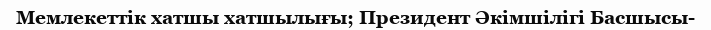
Мемлекеттік хатшы хатшылығы; Президент Әкімшілігі Басшысы-